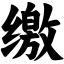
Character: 缴